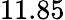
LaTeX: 11.85